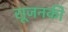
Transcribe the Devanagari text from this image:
सूजनकी